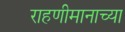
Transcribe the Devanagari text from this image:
राहणीमानाच्या